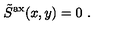
\tilde { S } ^ { \mathrm { a x } } ( x , y ) = 0 \ .